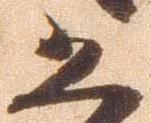
恐